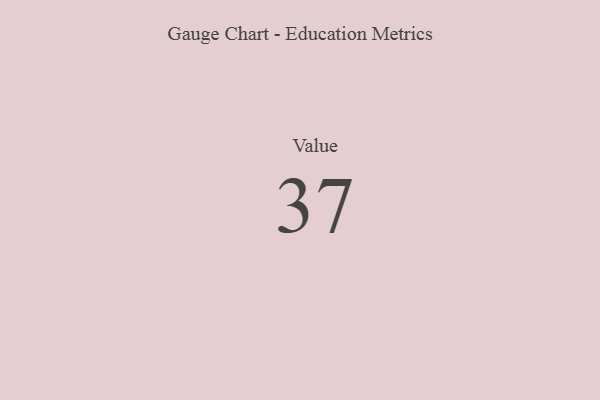
{"axis": {"x": "Metric", "y": "Value"}, "legend": [""], "data": [{"x": "Value", "y": 37, "type": ""}]}